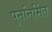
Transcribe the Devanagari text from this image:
पुननिर्मित